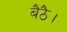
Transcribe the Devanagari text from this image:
बैठै।